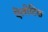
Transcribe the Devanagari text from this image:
ऐलोटिक